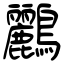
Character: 鸝